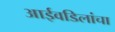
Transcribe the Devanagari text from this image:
आईवडिलांचा